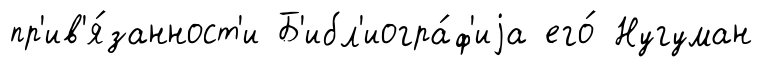
пр'ив'я́занност'и Б'ибл'иогра́ф'иjа его́ Нугуман